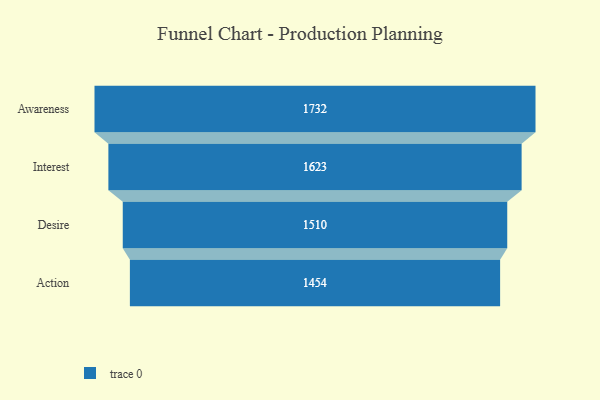
{"axis": {"x": "Stage", "y": "Value"}, "legend": [""], "data": [{"x": "Awareness", "y": 1732.0, "type": ""}, {"x": "Interest", "y": 1623.0, "type": ""}, {"x": "Desire", "y": 1510.0, "type": ""}, {"x": "Action", "y": 1454.0, "type": ""}]}